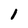
Character: 1